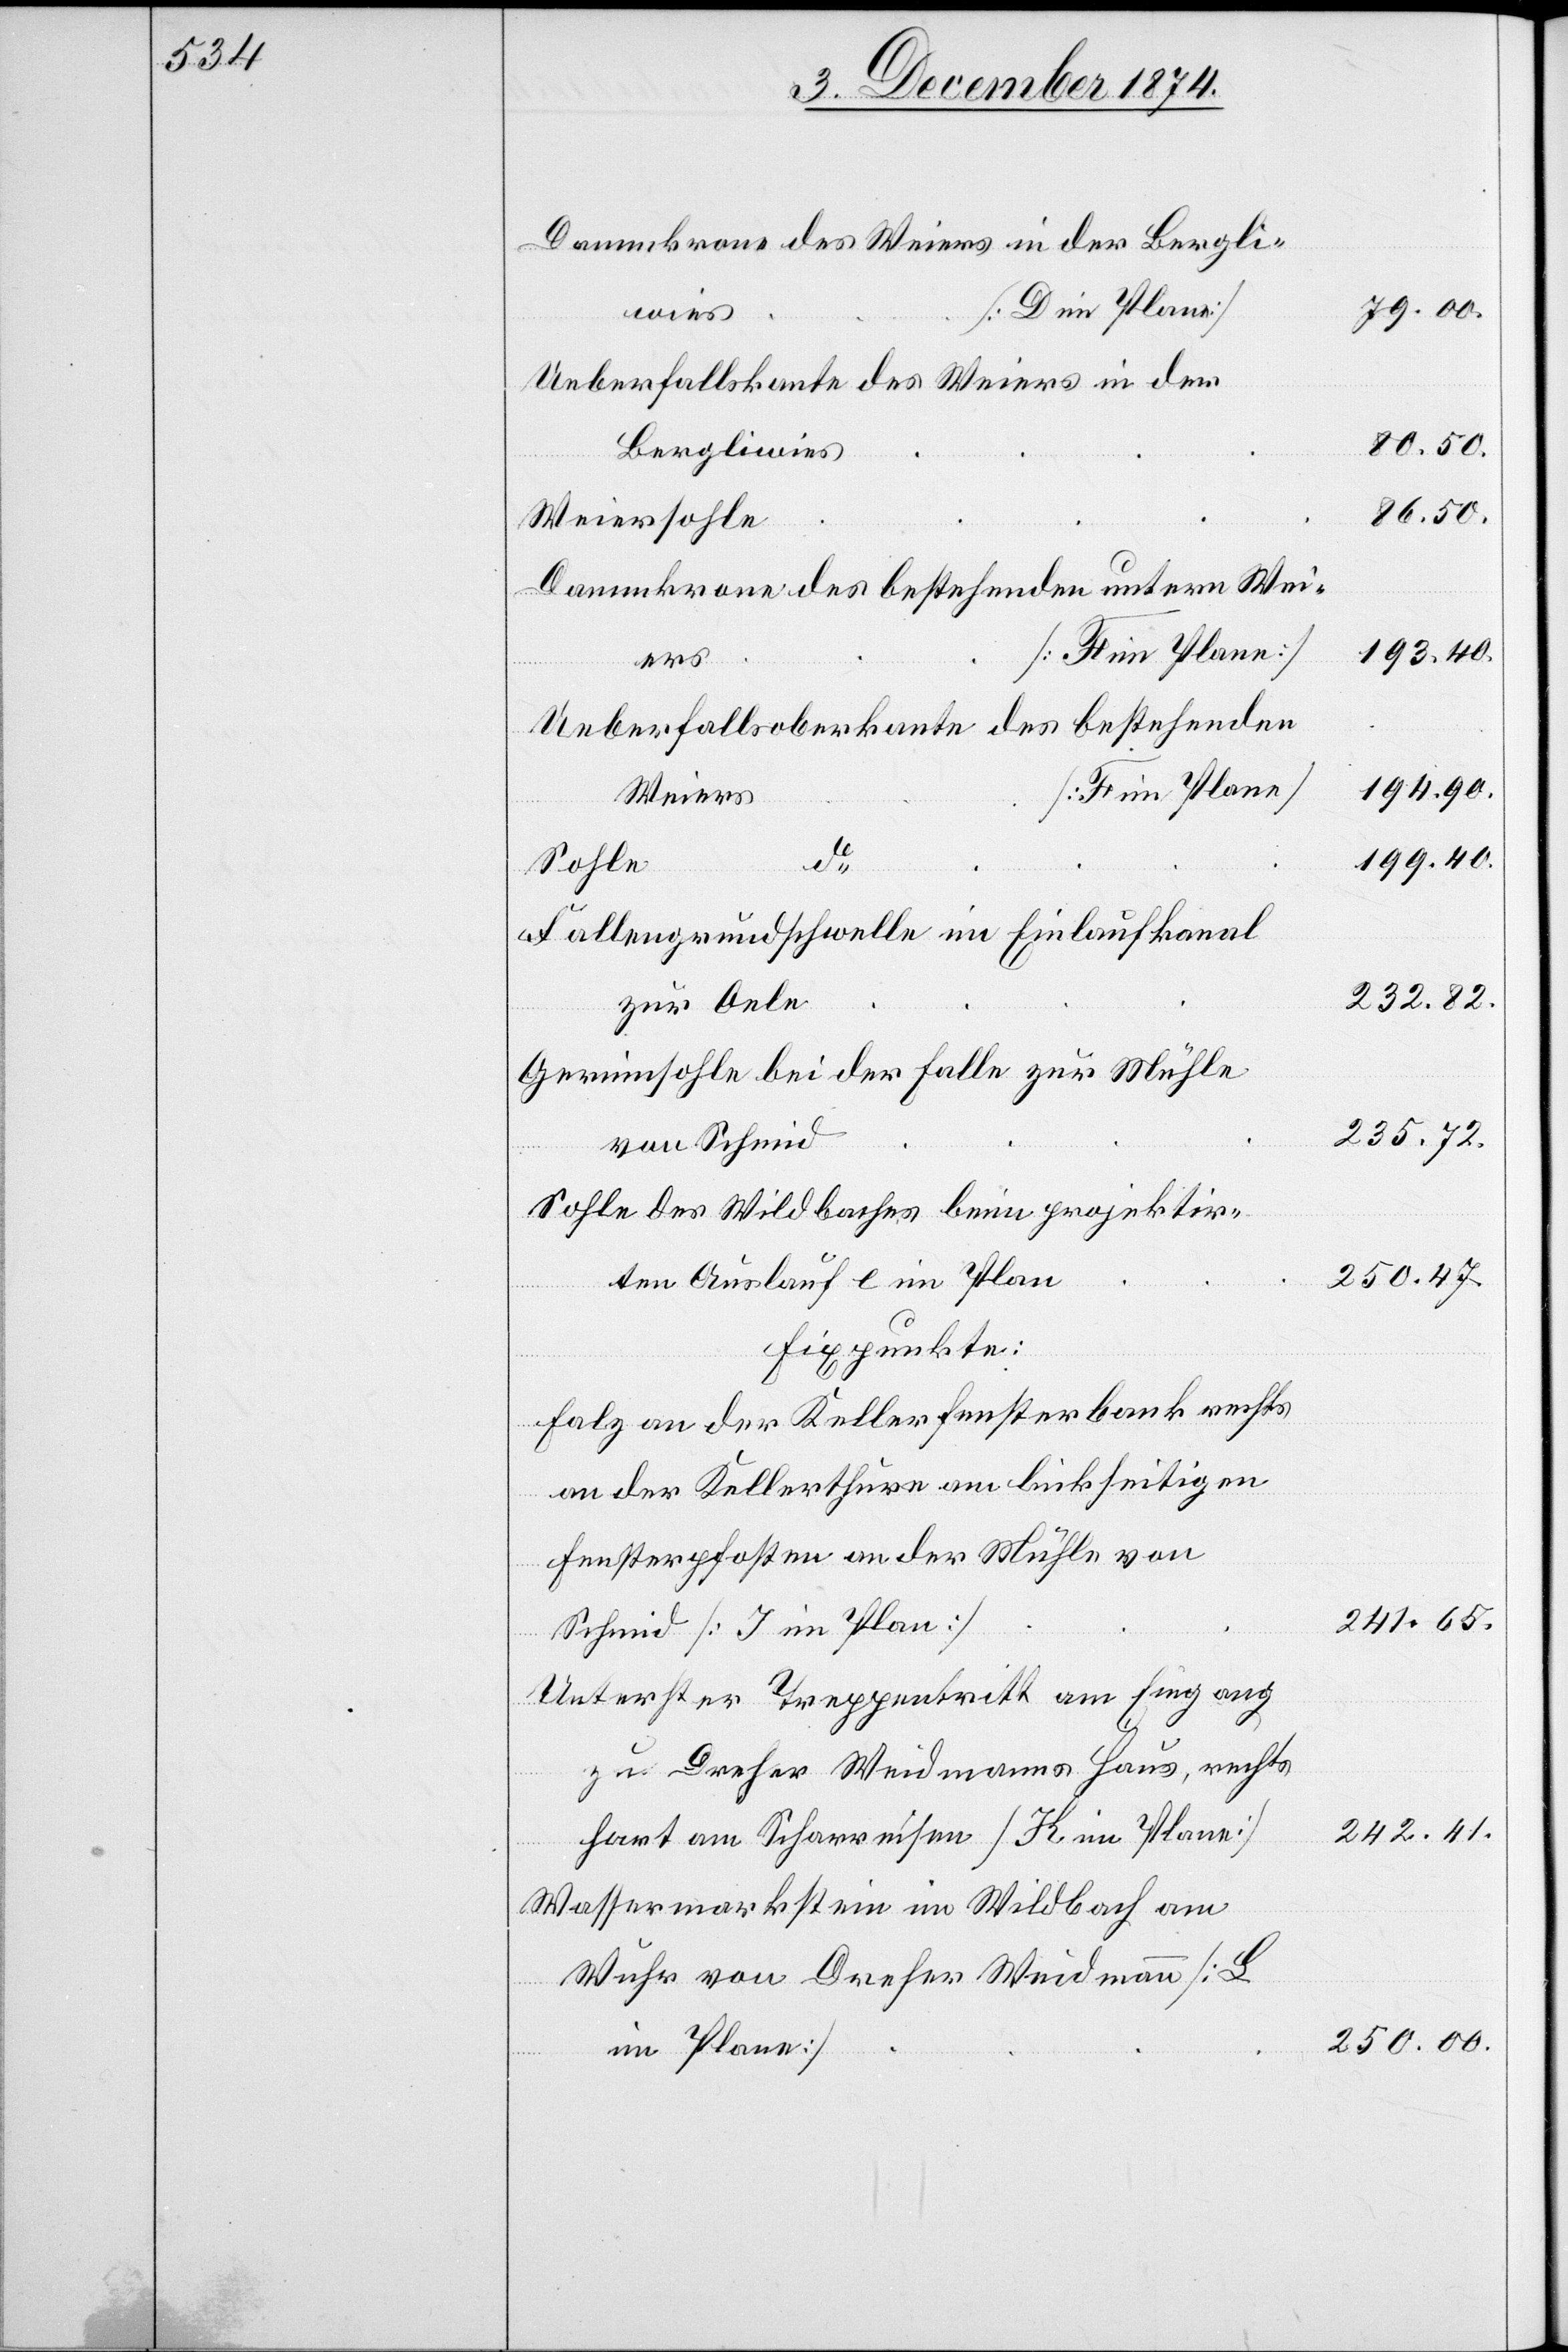
Dammkrone des Weiers in der Bergli¬
wies
Ueberfallskante des Weiers in der
Bergliwies
Weiersohle
Dammkrone des bestehenden untern Wei¬
ers
Ueberfallsoberkante des bestehenden
Weiers
do
Sohle
Fallengrundschwelle im Einlaufkanal
zur Oele
Gerinnsohle bei der Falle zur Mühle
von Schmid
Sohle des Wildbaches beim projektir¬
ten Auslauf e im Plan
Fixpunkte:
Falz an der Kellerfensterbank rechts
an der Kellerthüre am linkseitigen
Fensterpfosten an der Mühle von
Schmid [J im Plan]
Unterster Treppentritt am Eingang
zu Dreher Weidmanns Haus, rechts
hart am Scharreisen [K im Plane]
Wassermarkstein im Wildbach am
Wuhr von Dreher Weidmann [L
im Plane]

79.00.
86.50.
193.40.
194.90.
199.40.
232.82.
235.72.
250.47.
241.65.
242.41.
250.00.